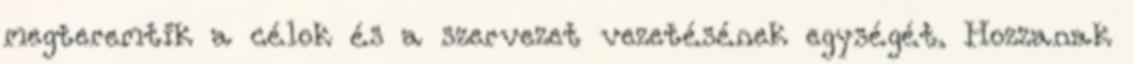
megteremtik a célok és a szervezet vezetésének egységét. Hozzanak